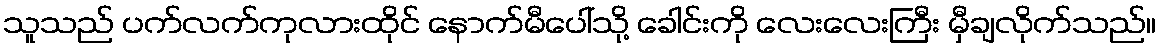
သူသည် ပက်လက်ကုလားထိုင် နောက်မီပေါ်သို့ ခေါင်းကို လေးလေးကြီး မှီချလိုက်သည်။